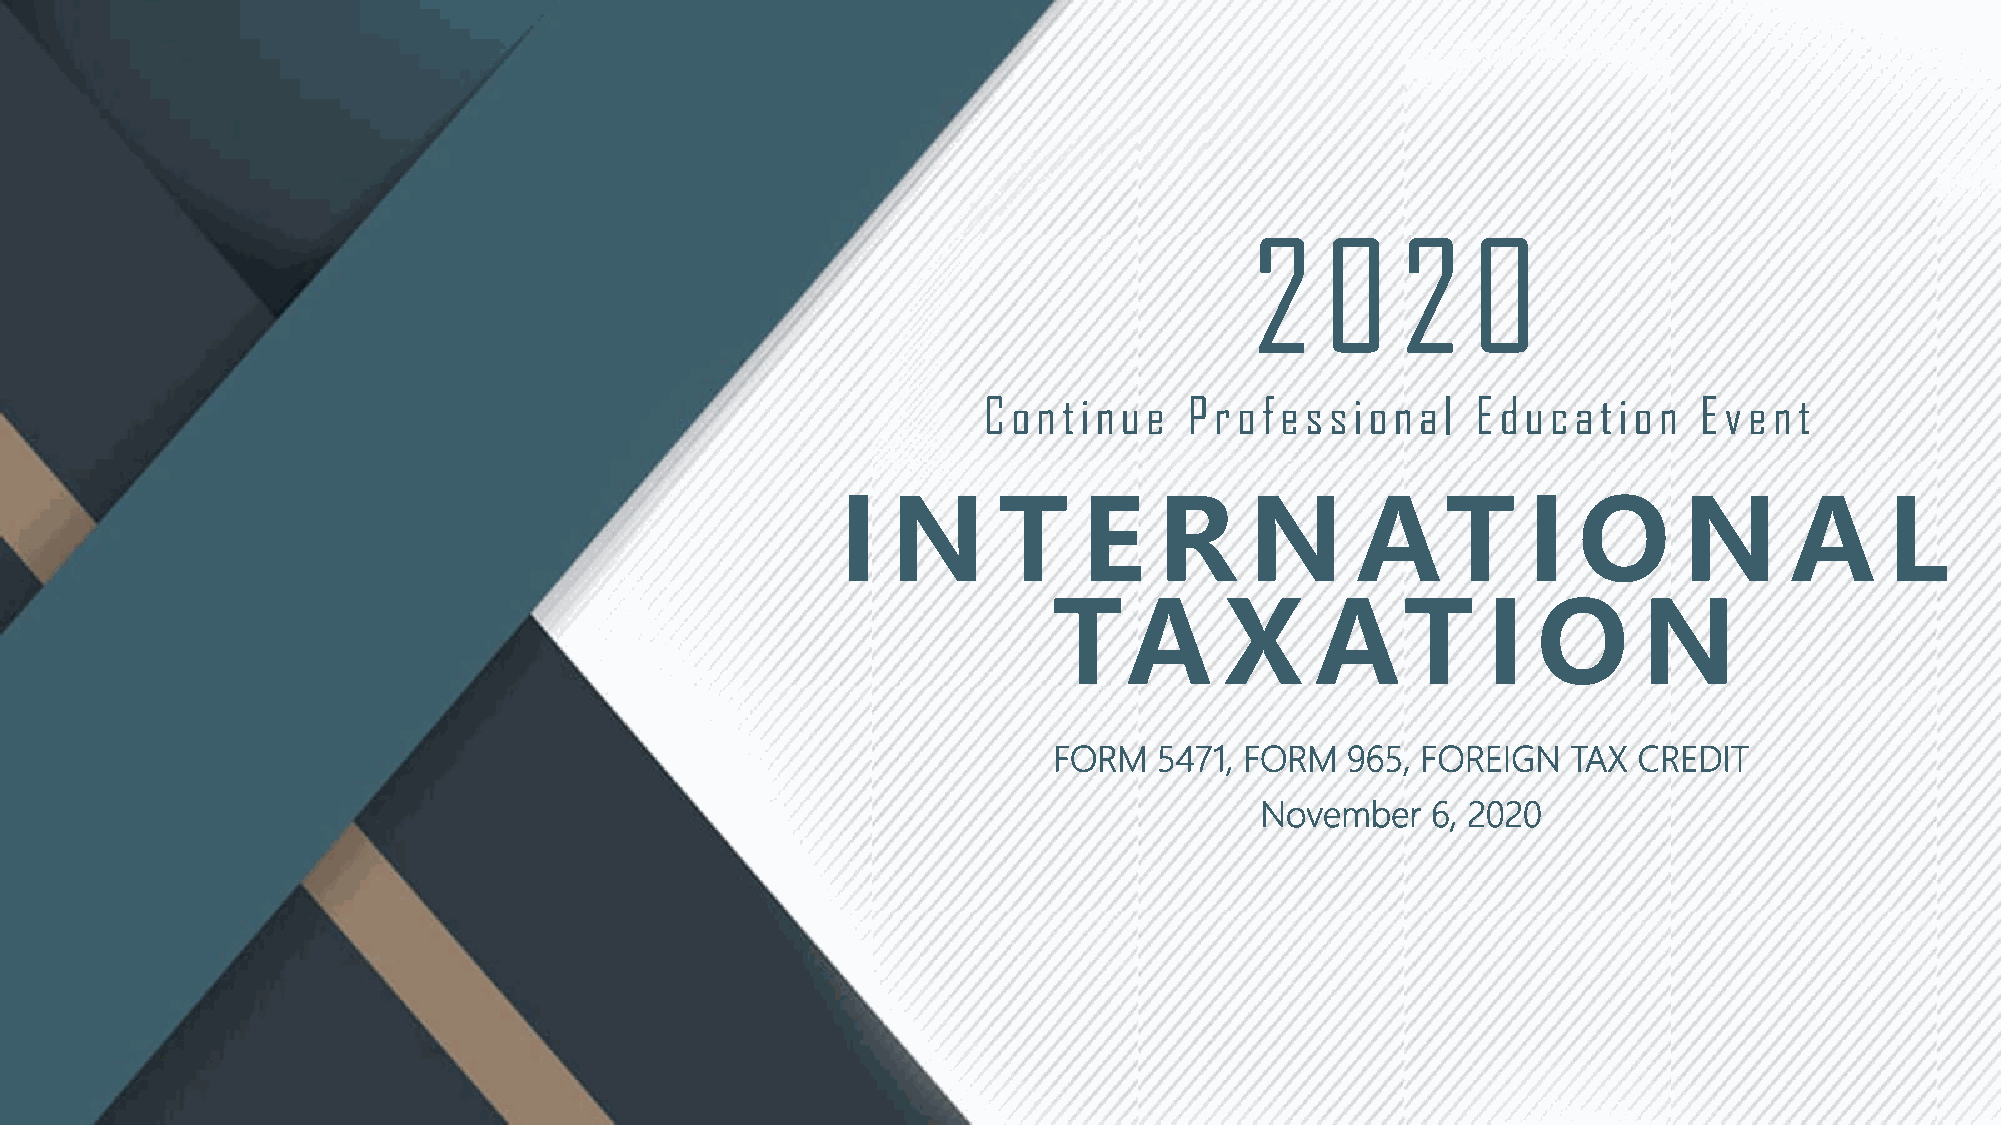
2    0    2   0
 Continue      Professional       Education      Event
 I  N      T     E    R     N      AT         I  O      N      A      L
 TA         X     AT         I   O      N
 FORM   5471, FORM  965, FOREIGN   TAX CREDIT
 November    6, 2020